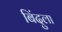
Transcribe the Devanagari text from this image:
बिंदुला